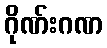
ဂိုဏ်းဂဏ